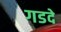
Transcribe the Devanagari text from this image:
गडदे